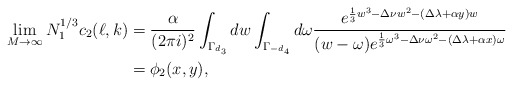
\begin{align*}\lim_{M\to\infty}N_1^{1/3}c_2(\ell,k)&=\frac{\alpha}{(2\pi i)^2}\int_{\Gamma_{d_3}}dw\int_{\Gamma_{-d_4}}d\omega\frac{e^{\frac 13w^3-\Delta\nu w^2-(\Delta\lambda+\alpha y)w}}{(w-\omega)e^{\frac 13\omega^3-\Delta\nu \omega^2-(\Delta\lambda+\alpha x)\omega}}\\&=\phi_2(x,y),\end{align*}